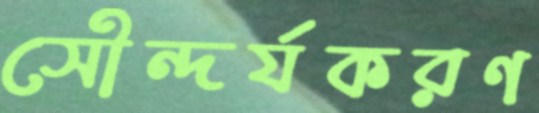
সৌন্দর্যকরণ